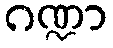
ဂဏ္ဍာ